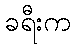
ခရီးက